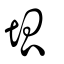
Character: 坬